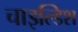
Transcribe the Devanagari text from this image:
चाइल्डिश